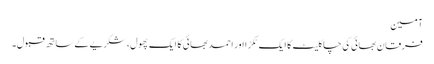
آمین
فرقان بھائی کی چاکلیٹ کا ایک ٹکڑا اور احمد بھائی کا ایک پھول، شکریے کے ساتھ قبول۔